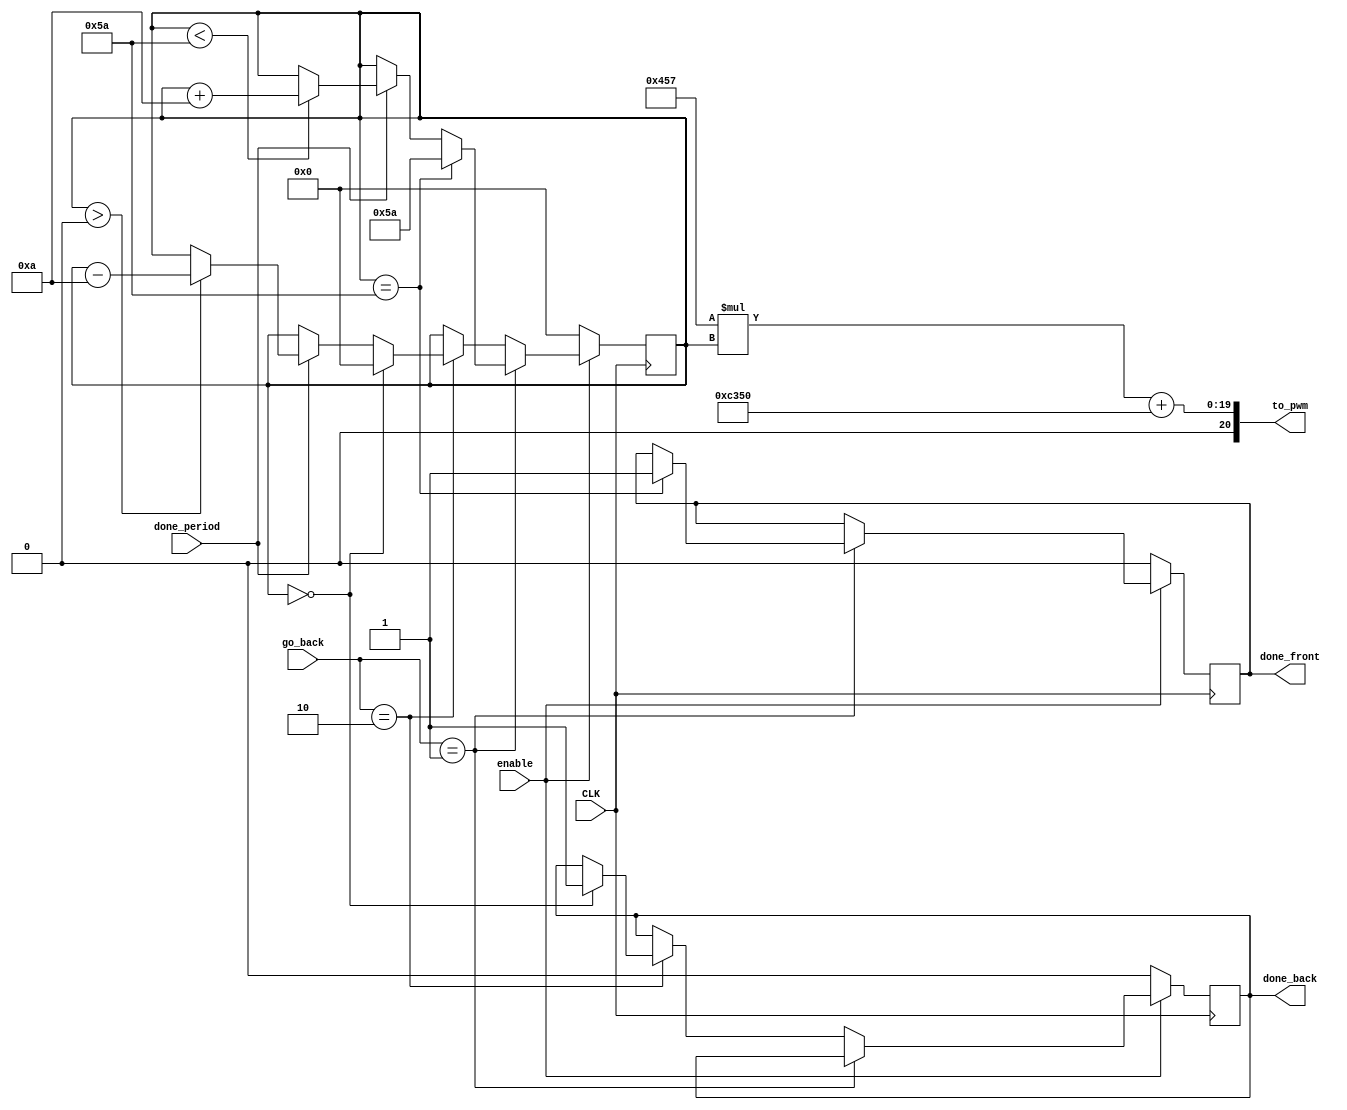
`timescale 1ns / 1ps

module frontback_servo_dostuff(
    input CLK,
    input enable,
    input [1:0] go_back,
    input done_period,
    output [20:0] to_pwm,
    output reg done_back,
    output reg done_front
    );
   

    reg go_reverse;
    reg [7:0] angle_count;
    //parameter interval_change=1;
    parameter interval_change=10;     //for test bench
    parameter max=10'd90;
    parameter min=8'd0;
    
    assign to_pwm=(12'd1111)*angle_count+18'd50_000;
     
    //initializing angle and stuffs
    initial begin
        angle_count<=min;
        done_back<=0;
        done_front<=0;
        go_reverse<=0;
    end
    
    always @(posedge CLK) begin
    if (enable==1)begin        
        if (go_back==1) begin
            if (done_period) begin      
                if (angle_count<max)begin              
                    angle_count<=angle_count+interval_change;
                end
            end    
            if (angle_count==max) begin
                angle_count<=max; 
                done_front<=1;
            end  
        end    
                            
        else if (go_back==2) begin 
            if (done_period) begin      
                if (angle_count>min)begin              
                    angle_count<=angle_count-interval_change;
                end
            end    
            if (angle_count==min) begin
                angle_count<=min; 
                done_back<=1;
            end                
        end 
    end
    else begin
     {done_back,done_front}<=0; angle_count<=min;
    end
    end                
endmodule